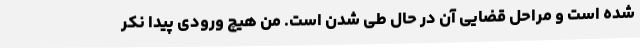
شده است و مراحل قضایی آن در حال طی شدن است. من هیچ ورودی پیدا نکر